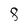
Character: 8